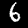
Label: 6